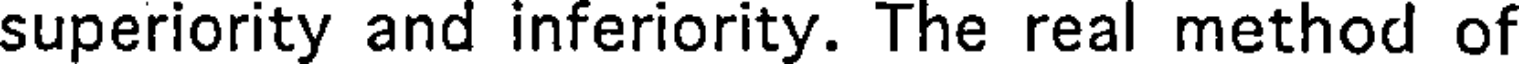
superiority and inferiority. The real method of